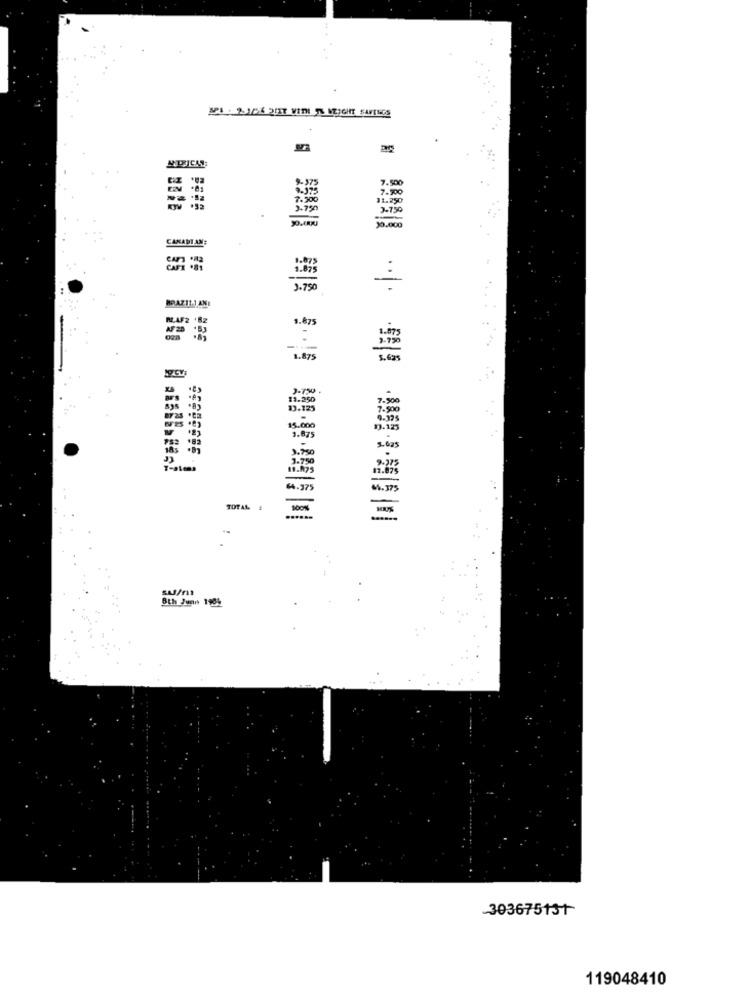
API . ZJIC6 27 VIRI TS WEIGHT SANTOS
NDICH:
7.500
7.500
7.500
11.250
3.750
3.750
30.000
CANADIAN:
BRAZ11.1.ANI
1.875
1.875
3-750
3.000
4.79
TOTAL !
SU/nt
6th June 1984
303675131
119048410